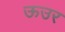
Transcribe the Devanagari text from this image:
ऊउर